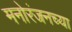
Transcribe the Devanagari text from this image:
मनोरंजनच्या